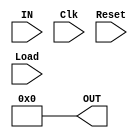
module Register(input [31:0] IN,input Clk, Reset,Load,output [31:0] OUT);
reg [31:0] d;
assign OUT = d;
always@(negedge Clk)
begin
	if(Load)
		d=IN;
end

always@(Reset)
	d=0;

endmodule